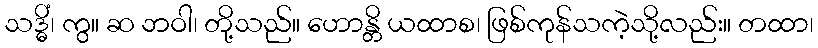
သဒ္ဓိံ၊ ကွ။ ဆ ဘဝါ၊ တို့သည်။ ဟောန္တိ ယထာစ၊ ဖြစ်ကုန်သကဲ့သို့လည်း။ တထာ၊